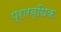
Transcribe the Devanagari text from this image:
प्रारब्धिक